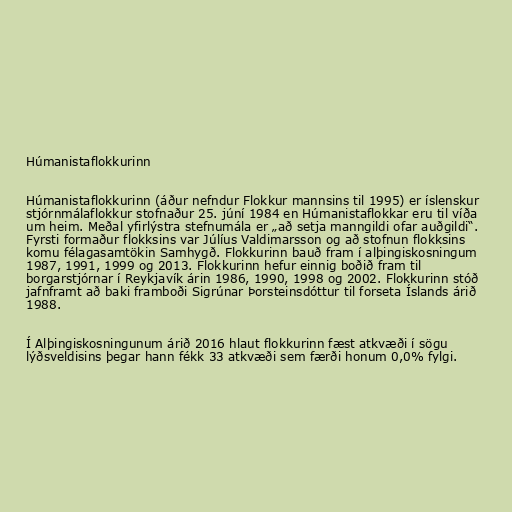
Húmanistaflokkurinn

Húmanistaflokkurinn (áður nefndur Flokkur mannsins til 1995) er íslenskur
stjórnmálaflokkur stofnaður 25. júní 1984 en Húmanistaflokkar eru til víða
um heim. Meðal yfirlýstra stefnumála er „að setja manngildi ofar auðgildi“.
Fyrsti formaður flokksins var Júlíus Valdimarsson og að stofnun flokksins
komu félagasamtökin Samhygð. Flokkurinn bauð fram í alþingiskosningum
1987, 1991, 1999 og 2013. Flokkurinn hefur einnig boðið fram til
borgarstjórnar í Reykjavík árin 1986, 1990, 1998 og 2002. Flokkurinn stóð
jafnframt að baki framboði Sigrúnar Þorsteinsdóttur til forseta Íslands árið
1988.

Í Alþingiskosningunum árið 2016 hlaut flokkurinn fæst atkvæði í sögu
lýðsveldisins þegar hann fékk 33 atkvæði sem færði honum 0,0% fylgi.